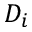
D _ { i }